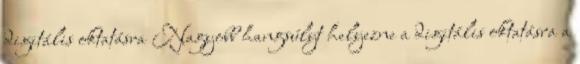
digitális oktatásra Nagyobb hangsúlyt helyezne a digitális oktatásra a